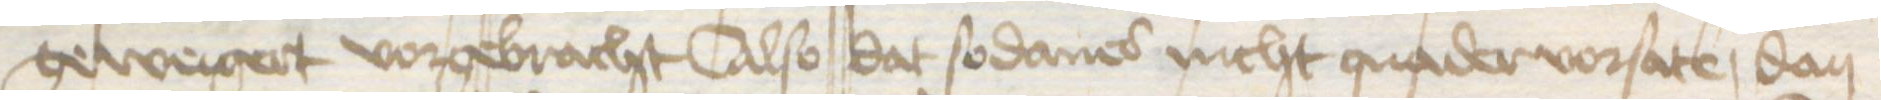
geweigert vorgebracht Also dat sodanes nicht quader vorsate, dan